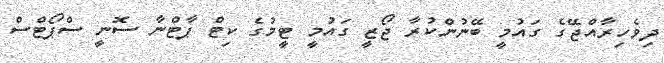
ދިވެހިރާއްޖޭގެ ގައުމީ ބޭނުންކުރާ ޖޯޒީ ގައުމީ ޓީމުގެ ކިޓް ޕާޓްނާ ސޮނީ ސްޕޯޓްސް